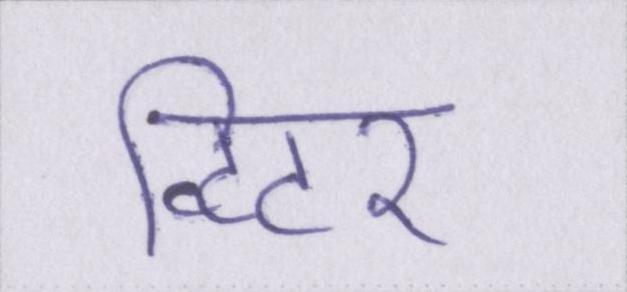
ट्विटर